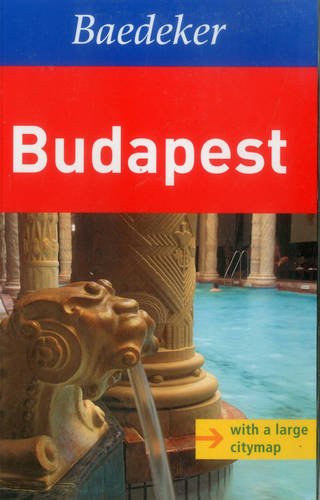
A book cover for Budapest Baedeker Guide (Baedeker Guides); Baedeker; Travel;